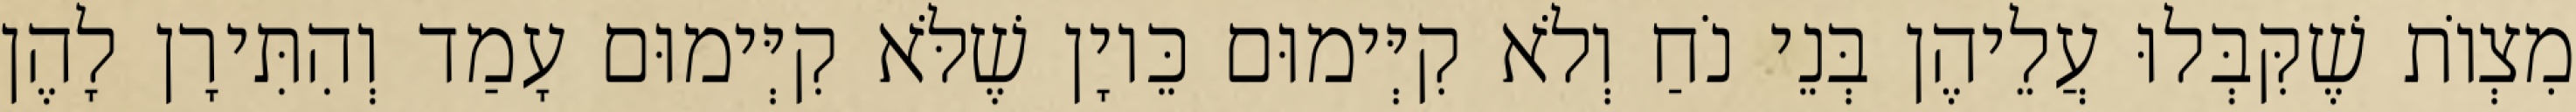
מִצְוֹת שֶׁקִּבְּלוּ עֲלֵיהֶן בְּנֵי נֹחַ וְלֹא קִיְּימוּם כֵּיוָן שֶׁלֹּא קִיְּימוּם עָמַד וְהִתִּירָן לָהֶן